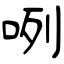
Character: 咧